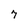
Character: 7